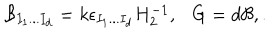
LaTeX: { \cal B } _ { I _ { 1 } . . . I _ { d } } = k \epsilon _ { I _ { 1 } . . . I _ { d } } H _ { 2 } ^ { - 1 } , G = d { \cal B } , .